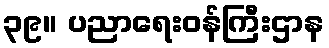
၃၉။ ပညာရေးဝန်ကြီးဌာန